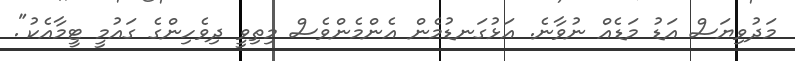
މަދުވިޔަސް އަޑު މަޑެއް ނުވާނެ. އަޅުގަނޑުމެން އެންމެންވެސް މިތިވީ ދިވެހިންގެ ގައުމީ ޓީމާއެކު".